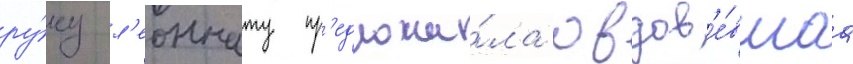
ру́ку л'еоннату пр'едложи́ла овдов'е́вшаа